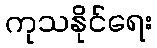
ကုသနိုင်ရေး